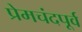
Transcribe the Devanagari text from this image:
प्रेमचंदपूर्व